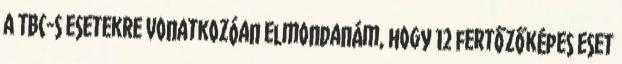
A TBC-s esetekre vonatkozóan elmondanám, hogy 12 fertőzőképes eset